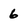
Character: 6